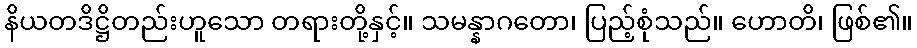
နိယတဒိဋ္ဌိတည်းဟူသော တရားတို့နှင့်။ သမန္နာဂတော၊ ပြည့်စုံသည်။ ဟောတိ၊ ဖြစ်၏။